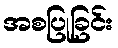
အစပြုခြင်း